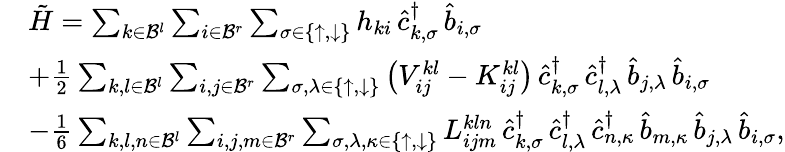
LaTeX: \begin{array}{rl}&{\tilde{H}=\sum_{k\in\mathcal{B}^{l}}\sum_{i\in\mathcal{B}^{r}}\sum_{\sigma\in\{ \uparrow,\downarrow\} }h_{ki}\, \hat{c}_{k,\sigma}^{\dagger}\, \hat{b}_{i,\sigma}}\\ &{+\frac{1}{2}\sum_{k,l\in\mathcal{B}^{l}}\sum_{i,j\in\mathcal{B}^{r}}\sum_{\sigma,\lambda\in\{ \uparrow,\downarrow\} }\big(V_{ij}^{kl}-{K}_{ij}^{kl}\big)\, \hat{c}_{k,\sigma}^{\dagger}\, \hat{c}_{l,\lambda}^{\dagger}\, \hat{b}_{j,\lambda}\, \hat{b}_{i,\sigma}}\\ &{-\frac{1}{6}\sum_{k,l,n\in\mathcal{B}^{l}}\sum_{i,j,m\in\mathcal{B}^{r}}\sum_{\sigma,\lambda,\kappa\in\{ \uparrow,\downarrow\} }{L}_{ijm}^{kln}\, \hat{c}_{k,\sigma}^{\dagger}\, \hat{c}_{l,\lambda}^{\dagger}\, \hat{c}_{n,\kappa}^{\dagger}\, \hat{b}_{m,\kappa}\, \hat{b}_{j,\lambda}\, \hat{b}_{i,\sigma},}\end{array}